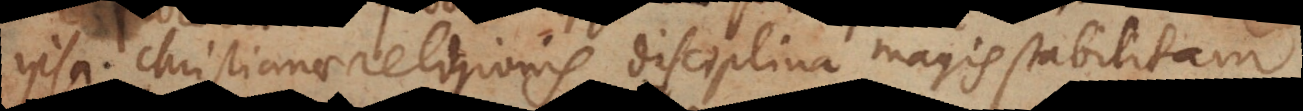
psa Christianae religionis disciplina magis stabilitam